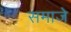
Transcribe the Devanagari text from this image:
समाजे